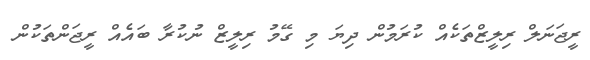
ރީޖަނަލް ރިލީޒްތަކެއް ކުރަމުން ދިޔަ މި ގޭމު ރިލީޒް ނުކުރާ ބައެއް ރީޖަންތަކުން